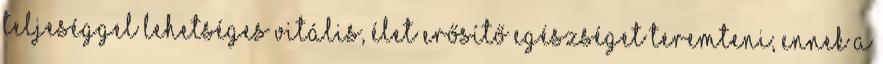
teljeséggel lehetséges vitális, élet erősítő egészséget teremteni; ennek a